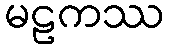
မဠကဿ